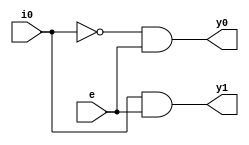
`timescale 1ns / 1ps
//////////////////////////////////////////////////////////////////////////////////
// Company: 
// Engineer: 
// 
// Design Name: 
// Module Name:    two_four_decoder 
// Project Name: 
// Target Devices: 
// Tool versions: 
// Description: 
//
// Dependencies: 
//
// Revision: 
// Revision 0.01 - File Created
// Additional Comments: 
//
//////////////////////////////////////////////////////////////////////////////////
module one_two_decoder(y0,y1,i0,e);
input i0,e;
output y0,y1;
and(y0,~i0,e);
and(y1,i0,e);
endmodule
module two_four_decoder(y0,y1,y2,y3,i0,i1,e);
input i0,i1,e;
output y0,y1,y2,y3;
wire w_0 , w_1;
one_two_decoder A(w_0,w_1,i0,e);
one_two_decoder B(y0,y1,i1,w_0);
one_two_decoder C(y2,y3,i1,w_1);
endmodule